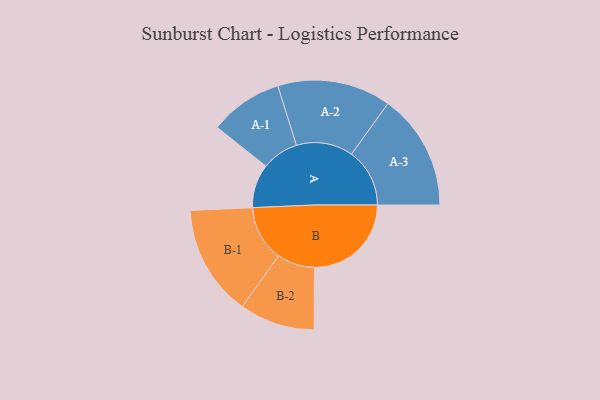
{"axis": {"x": "Segment", "y": "Value"}, "legend": ["", "A", "B"], "data": [{"x": "A", "y": 222, "type": ""}, {"x": "B", "y": 491, "type": ""}, {"x": "A-1", "y": 186, "type": "A"}, {"x": "A-2", "y": 288, "type": "A"}, {"x": "A-3", "y": 295, "type": "A"}, {"x": "B-1", "y": 282, "type": "B"}, {"x": "B-2", "y": 191, "type": "B"}]}